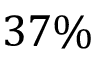
3 7 \%